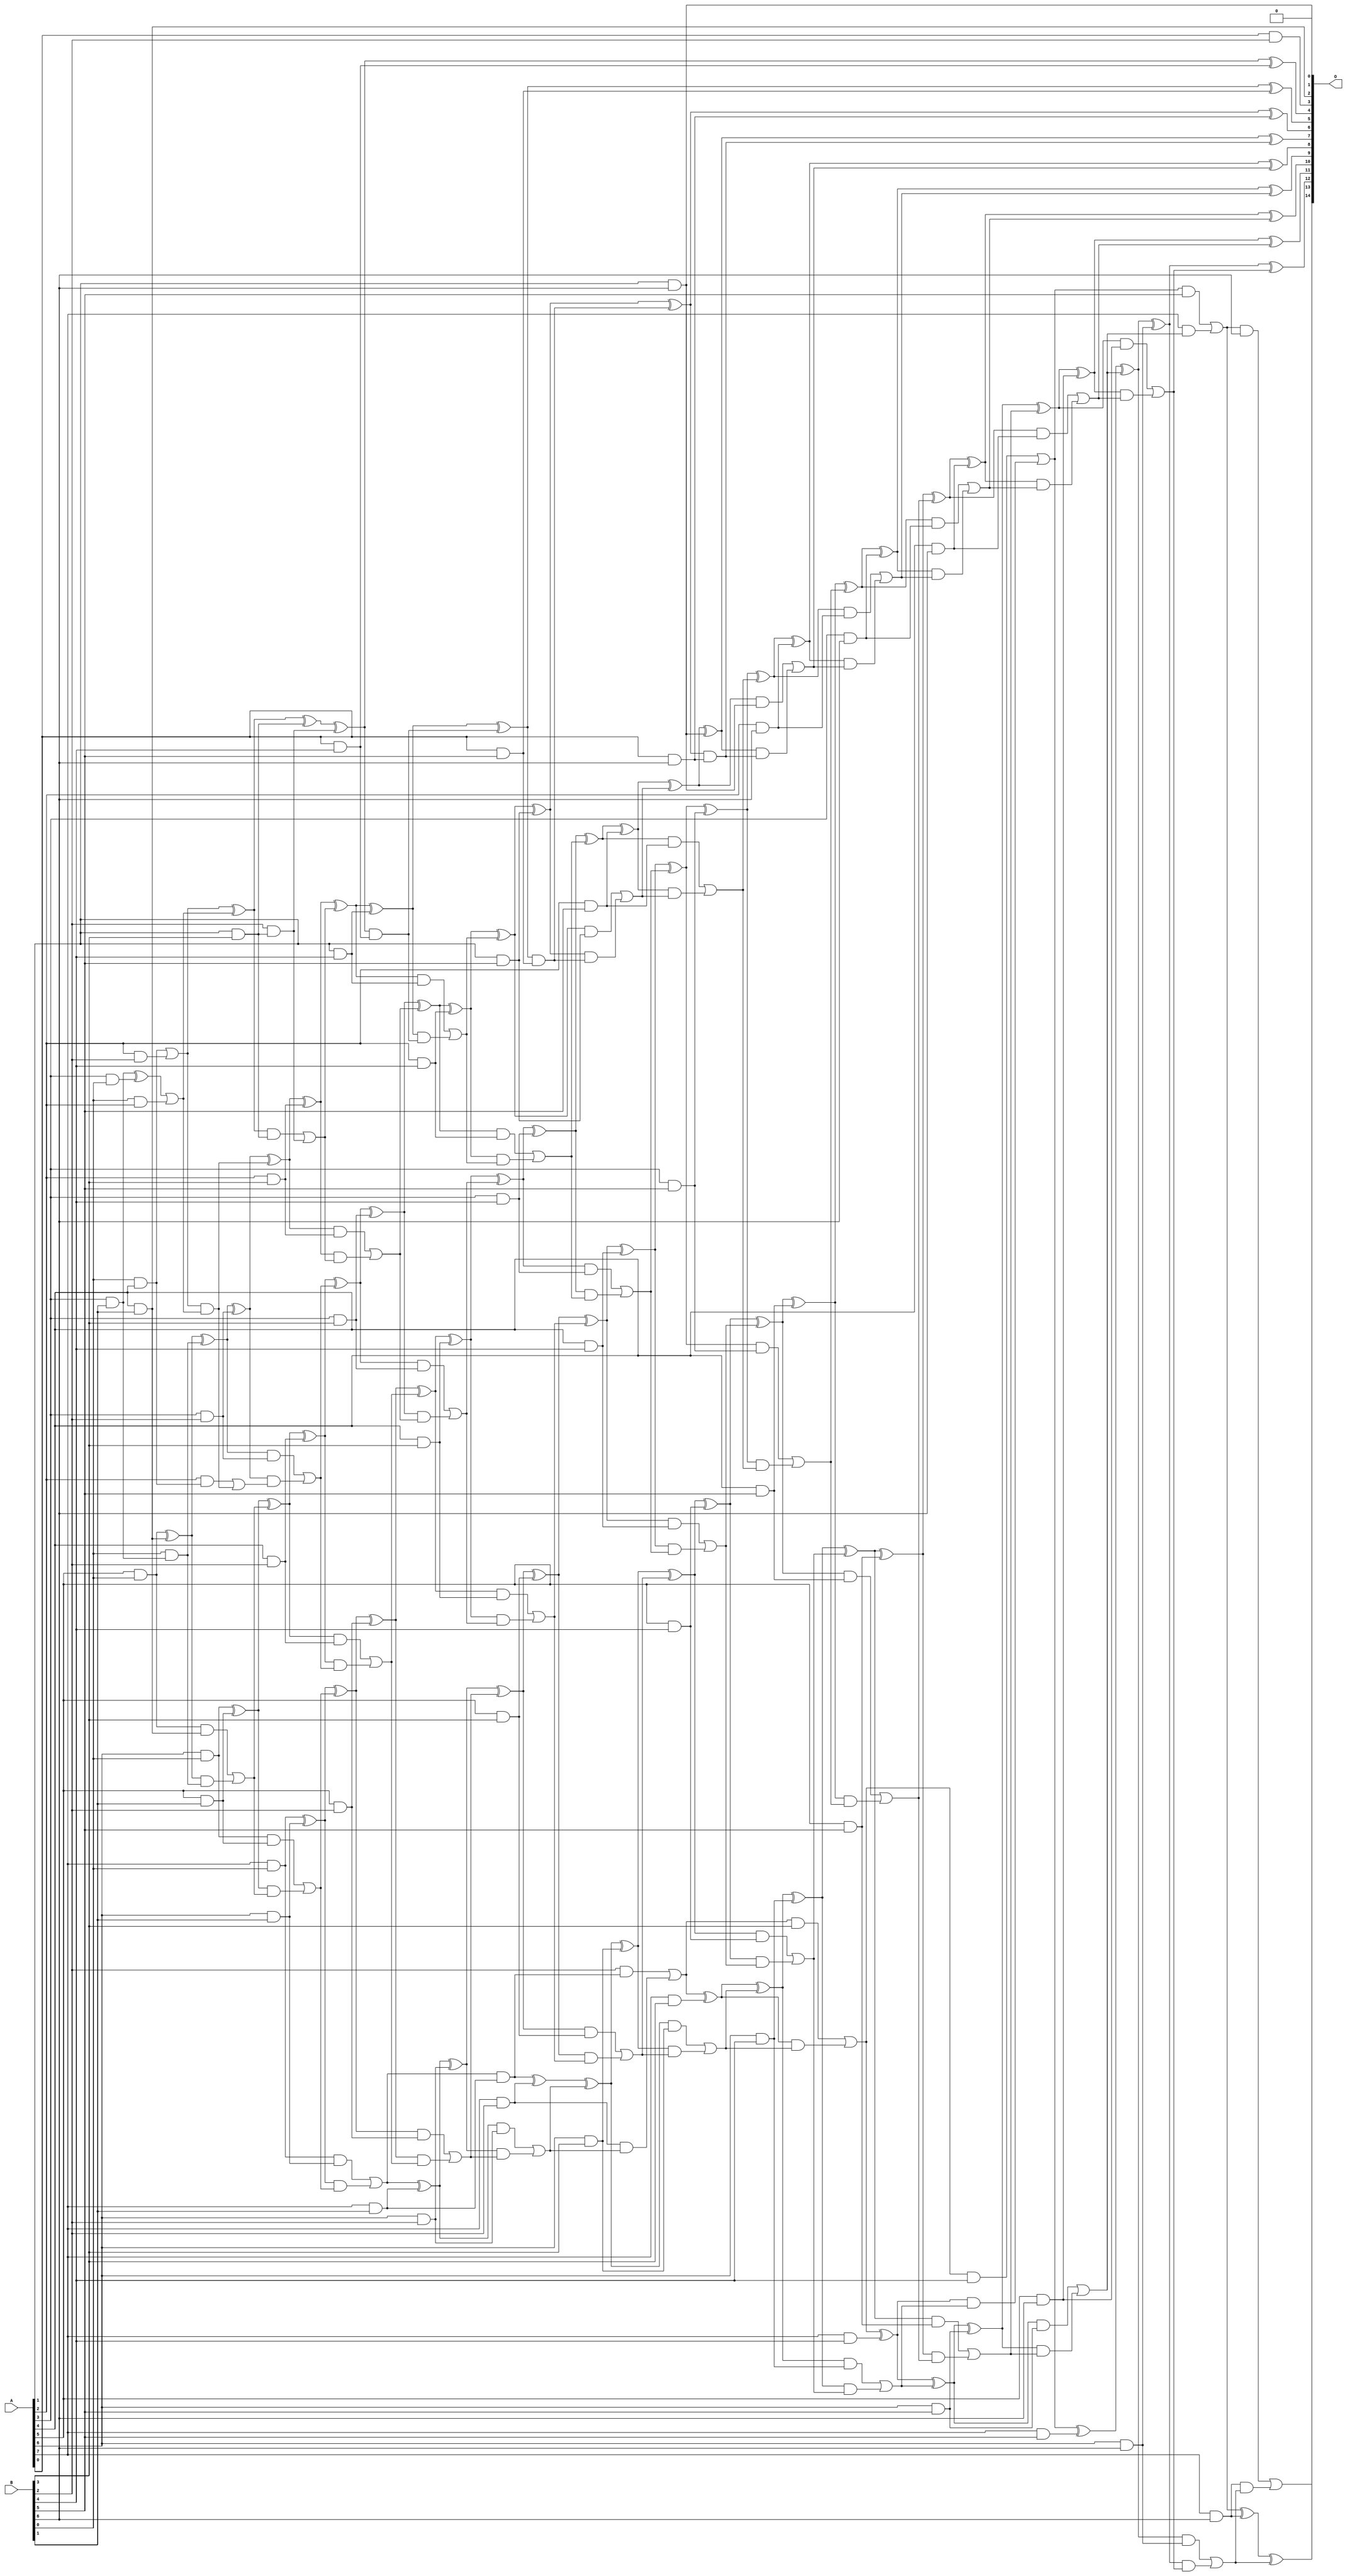
// This program was cloned from: https://github.com/ehw-fit/evoapproxlib
// License: MIT License

/***
* This code is a part of EvoApproxLib library (ehw.fit.vutbr.cz/approxlib) distributed under The MIT License.
* When used, please cite the following article(s): V. Mrazek, L. Sekanina, Z. Vasicek "Libraries of Approximate Circuits: Automated Design and Application in CNN Accelerators" IEEE Journal on Emerging and Selected Topics in Circuits and Systems, Vol 10, No 4, 2020 
* This file contains a circuit from a sub-set of pareto optimal circuits with respect to the pwr and mre parameters
***/
// MAE% = 0.017 %
// MAE = 5.7 
// WCE% = 0.067 %
// WCE = 22 
// WCRE% = 300.00 %
// EP% = 84.28 %
// MRE% = 0.57 %
// MSE = 56 
// PDK45_PWR = 0.305 mW
// PDK45_AREA = 551.9 um2
// PDK45_DELAY = 1.55 ns

module mul8x7u_53E (
    A,
    B,
    O
);

input [7:0] A;
input [6:0] B;
output [14:0] O;

wire sig_20,sig_21,sig_22,sig_26,sig_27,sig_28,sig_29,sig_32,sig_34,sig_39,sig_41,sig_44,sig_47,sig_48,sig_49,sig_50,sig_51,sig_52,sig_53,sig_54;
wire sig_55,sig_56,sig_57,sig_58,sig_59,sig_60,sig_61,sig_62,sig_63,sig_64,sig_66,sig_67,sig_68,sig_69,sig_70,sig_71,sig_72,sig_77,sig_79,sig_80;
wire sig_81,sig_82,sig_83,sig_84,sig_85,sig_86,sig_87,sig_88,sig_89,sig_90,sig_91,sig_92,sig_93,sig_94,sig_95,sig_96,sig_97,sig_98,sig_99,sig_100;
wire sig_101,sig_102,sig_103,sig_104,sig_105,sig_107,sig_108,sig_109,sig_111,sig_112,sig_113,sig_114,sig_115,sig_116,sig_117,sig_120,sig_121,sig_122,sig_123,sig_124;
wire sig_125,sig_126,sig_127,sig_128,sig_129,sig_130,sig_131,sig_132,sig_133,sig_134,sig_135,sig_136,sig_137,sig_138,sig_139,sig_140,sig_141,sig_142,sig_143,sig_144;
wire sig_145,sig_146,sig_147,sig_148,sig_149,sig_150,sig_151,sig_152,sig_153,sig_154,sig_155,sig_156,sig_157,sig_158,sig_159,sig_160,sig_161,sig_162,sig_163,sig_164;
wire sig_165,sig_166,sig_167,sig_168,sig_169,sig_170,sig_171,sig_172,sig_173,sig_174,sig_175,sig_176,sig_177,sig_178,sig_179,sig_180,sig_181,sig_182,sig_183,sig_184;
wire sig_185,sig_186,sig_187,sig_188,sig_189,sig_190,sig_191,sig_192,sig_193,sig_194,sig_195,sig_196,sig_197,sig_198,sig_199,sig_200,sig_201,sig_202,sig_203,sig_204;
wire sig_205,sig_206,sig_207,sig_208,sig_209,sig_210,sig_211,sig_212,sig_213,sig_214,sig_215,sig_216,sig_217,sig_218,sig_219,sig_220,sig_221,sig_222,sig_223,sig_224;
wire sig_225,sig_226,sig_227,sig_228,sig_229,sig_230,sig_231,sig_232,sig_233,sig_234,sig_235,sig_236,sig_237,sig_238,sig_239,sig_240,sig_241,sig_242,sig_243,sig_244;
wire sig_245,sig_246,sig_247,sig_248,sig_249,sig_250,sig_251,sig_252,sig_253,sig_254,sig_255,sig_256,sig_257,sig_258,sig_259,sig_260,sig_261,sig_262,sig_263,sig_264;
wire sig_265,sig_266,sig_267,sig_268,sig_269,sig_270,sig_271,sig_272,sig_273,sig_274,sig_275,sig_276,sig_277,sig_278,sig_279,sig_280,sig_281,sig_282,sig_283,sig_284;
wire sig_285,sig_286,sig_287,sig_288,sig_289;

assign sig_20 = A[5] & B[0];
assign sig_21 = A[6] & B[0];
assign sig_22 = A[7] & B[0];
assign sig_26 = A[3] & B[1];
assign sig_27 = A[4] & B[1];
assign sig_28 = A[5] & B[1];
assign sig_29 = A[6] & B[1];
assign sig_32 = A[3] & B[0];
assign sig_34 = A[0] & B[2];
assign sig_39 = A[7] & B[1];
assign sig_41 = sig_26 ^ sig_32;
assign sig_44 = B[0] & sig_26;
assign sig_47 = B[0] & A[4];
assign sig_48 = sig_20 ^ sig_27;
assign sig_49 = sig_20 & sig_27;
assign sig_50 = sig_48 & sig_44;
assign sig_51 = sig_48 ^ sig_44;
assign sig_52 = sig_49 | sig_50;
assign sig_53 = sig_21 ^ sig_28;
assign sig_54 = sig_21 & sig_28;
assign sig_55 = sig_53 & sig_52;
assign sig_56 = sig_53 ^ sig_52;
assign sig_57 = sig_54 | sig_55;
assign sig_58 = sig_22 ^ sig_29;
assign sig_59 = sig_22 & sig_29;
assign sig_60 = sig_58 & sig_57;
assign sig_61 = sig_58 ^ sig_57;
assign sig_62 = sig_59 | sig_60;
assign sig_63 = sig_62 & sig_39;
assign sig_64 = sig_62 ^ sig_39;
assign sig_66 = B[2] & sig_63;
assign sig_67 = A[2] & B[2];
assign sig_68 = A[3] & B[2];
assign sig_69 = A[4] & B[2];
assign sig_70 = A[5] & B[2];
assign sig_71 = A[6] & B[2];
assign sig_72 = A[7] & B[2];
assign sig_77 = B[0] & A[2];
assign sig_79 = sig_41 | sig_77;
assign sig_80 = sig_47 | sig_67;
assign sig_81 = A[2] & sig_47;
assign sig_82 = sig_80 & sig_79;
assign sig_83 = sig_80 ^ sig_79;
assign sig_84 = sig_81 | sig_82;
assign sig_85 = sig_51 ^ sig_68;
assign sig_86 = sig_51 & sig_68;
assign sig_87 = sig_85 & sig_84;
assign sig_88 = sig_85 ^ sig_82;
assign sig_89 = sig_86 | sig_87;
assign sig_90 = sig_56 ^ sig_69;
assign sig_91 = sig_56 & sig_69;
assign sig_92 = sig_90 & sig_89;
assign sig_93 = sig_90 ^ sig_89;
assign sig_94 = sig_91 | sig_92;
assign sig_95 = sig_61 ^ sig_70;
assign sig_96 = sig_61 & sig_70;
assign sig_97 = sig_95 & sig_94;
assign sig_98 = sig_95 ^ sig_94;
assign sig_99 = sig_96 | sig_97;
assign sig_100 = sig_64 ^ sig_71;
assign sig_101 = sig_64 & sig_71;
assign sig_102 = sig_100 & sig_99;
assign sig_103 = sig_100 ^ sig_99;
assign sig_104 = sig_101 | sig_102;
assign sig_105 = sig_63 ^ sig_72;
assign sig_107 = sig_72 & sig_104;
assign sig_108 = sig_105 ^ sig_104;
assign sig_109 = sig_66 | sig_107;
assign sig_111 = A[1] & B[3];
assign sig_112 = A[2] & B[3];
assign sig_113 = A[3] & B[3];
assign sig_114 = A[4] & B[3];
assign sig_115 = A[5] & B[3];
assign sig_116 = A[6] & B[3];
assign sig_117 = A[7] & B[3];
assign sig_120 = sig_83 ^ sig_111;
assign sig_121 = sig_83 & sig_111;
assign sig_122 = B[2] & sig_111;
assign sig_123 = sig_120 ^ sig_122;
assign sig_124 = sig_121 | sig_122;
assign sig_125 = sig_88 ^ sig_112;
assign sig_126 = sig_88 & sig_112;
assign sig_127 = sig_125 & sig_124;
assign sig_128 = sig_125 ^ sig_124;
assign sig_129 = sig_126 | sig_127;
assign sig_130 = sig_93 ^ sig_113;
assign sig_131 = sig_93 & sig_113;
assign sig_132 = sig_130 & sig_129;
assign sig_133 = sig_130 ^ sig_129;
assign sig_134 = sig_131 | sig_132;
assign sig_135 = sig_98 ^ sig_114;
assign sig_136 = sig_98 & sig_114;
assign sig_137 = sig_135 & sig_134;
assign sig_138 = sig_135 ^ sig_134;
assign sig_139 = sig_136 | sig_137;
assign sig_140 = sig_103 ^ sig_115;
assign sig_141 = sig_103 & sig_115;
assign sig_142 = sig_140 & sig_139;
assign sig_143 = sig_140 ^ sig_139;
assign sig_144 = sig_141 | sig_142;
assign sig_145 = sig_108 ^ sig_116;
assign sig_146 = sig_108 & sig_116;
assign sig_147 = sig_145 & sig_144;
assign sig_148 = sig_145 ^ sig_144;
assign sig_149 = sig_146 | sig_147;
assign sig_150 = sig_109 ^ sig_117;
assign sig_151 = sig_109 & B[3];
assign sig_152 = sig_150 & sig_149;
assign sig_153 = sig_150 ^ sig_149;
assign sig_154 = sig_151 | sig_152;
assign sig_155 = A[0] & B[4];
assign sig_156 = A[1] & B[4];
assign sig_157 = A[2] & B[4];
assign sig_158 = A[3] & B[4];
assign sig_159 = A[4] & B[4];
assign sig_160 = A[5] & B[4];
assign sig_161 = A[6] & B[4];
assign sig_162 = A[7] & B[4];
assign sig_163 = sig_123 & sig_155;
assign sig_164 = sig_123 ^ sig_155;
assign sig_165 = sig_128 ^ sig_156;
assign sig_166 = sig_128 & sig_156;
assign sig_167 = sig_165 & sig_163;
assign sig_168 = sig_165 ^ sig_163;
assign sig_169 = sig_166 | sig_167;
assign sig_170 = sig_133 ^ sig_157;
assign sig_171 = sig_133 & sig_157;
assign sig_172 = sig_170 & sig_169;
assign sig_173 = sig_170 ^ sig_169;
assign sig_174 = sig_171 | sig_172;
assign sig_175 = sig_138 ^ sig_158;
assign sig_176 = sig_138 & sig_158;
assign sig_177 = sig_175 & sig_174;
assign sig_178 = sig_175 ^ sig_174;
assign sig_179 = sig_176 | sig_177;
assign sig_180 = sig_143 ^ sig_159;
assign sig_181 = sig_143 & sig_159;
assign sig_182 = sig_180 & sig_179;
assign sig_183 = sig_180 ^ sig_179;
assign sig_184 = sig_181 | sig_182;
assign sig_185 = sig_148 ^ sig_160;
assign sig_186 = sig_148 & sig_160;
assign sig_187 = sig_185 & sig_184;
assign sig_188 = sig_185 ^ sig_184;
assign sig_189 = sig_186 | sig_187;
assign sig_190 = sig_153 ^ sig_161;
assign sig_191 = sig_153 & sig_161;
assign sig_192 = sig_190 & sig_189;
assign sig_193 = sig_190 ^ sig_189;
assign sig_194 = sig_191 | sig_192;
assign sig_195 = sig_154 ^ sig_162;
assign sig_196 = sig_154 & B[4];
assign sig_197 = sig_195 & sig_194;
assign sig_198 = sig_195 ^ sig_194;
assign sig_199 = sig_196 | sig_197;
assign sig_200 = A[0] & B[5];
assign sig_201 = A[1] & B[5];
assign sig_202 = A[2] & B[5];
assign sig_203 = A[3] & B[5];
assign sig_204 = A[4] & B[5];
assign sig_205 = A[5] & B[5];
assign sig_206 = A[6] & B[5];
assign sig_207 = A[7] & B[5];
assign sig_208 = sig_168 & sig_200;
assign sig_209 = sig_168 ^ sig_200;
assign sig_210 = sig_173 ^ sig_201;
assign sig_211 = sig_173 & sig_201;
assign sig_212 = sig_210 & sig_208;
assign sig_213 = sig_210 ^ sig_208;
assign sig_214 = sig_211 | sig_212;
assign sig_215 = sig_178 ^ sig_202;
assign sig_216 = sig_178 & sig_202;
assign sig_217 = sig_215 & sig_214;
assign sig_218 = sig_215 ^ sig_214;
assign sig_219 = sig_216 | sig_217;
assign sig_220 = sig_183 ^ sig_203;
assign sig_221 = sig_183 & sig_203;
assign sig_222 = sig_220 & sig_219;
assign sig_223 = sig_220 ^ sig_219;
assign sig_224 = sig_221 | sig_222;
assign sig_225 = sig_188 ^ sig_204;
assign sig_226 = sig_188 & sig_204;
assign sig_227 = sig_225 & sig_224;
assign sig_228 = sig_225 ^ sig_224;
assign sig_229 = sig_226 | sig_227;
assign sig_230 = sig_193 ^ sig_205;
assign sig_231 = sig_193 & sig_205;
assign sig_232 = sig_230 & sig_229;
assign sig_233 = sig_230 ^ sig_229;
assign sig_234 = sig_231 | sig_232;
assign sig_235 = sig_198 ^ sig_206;
assign sig_236 = sig_198 & sig_206;
assign sig_237 = sig_235 & sig_234;
assign sig_238 = sig_235 ^ sig_234;
assign sig_239 = sig_236 | sig_237;
assign sig_240 = sig_199 ^ sig_207;
assign sig_241 = sig_199 & B[5];
assign sig_242 = A[7] & sig_239;
assign sig_243 = sig_240 ^ sig_239;
assign sig_244 = sig_241 | sig_242;
assign sig_245 = A[0] & B[6];
assign sig_246 = A[1] & B[6];
assign sig_247 = A[2] & B[6];
assign sig_248 = A[3] & B[6];
assign sig_249 = A[4] & B[6];
assign sig_250 = A[5] & B[6];
assign sig_251 = A[6] & B[6];
assign sig_252 = A[7] & B[6];
assign sig_253 = sig_213 & sig_245;
assign sig_254 = sig_213 ^ sig_245;
assign sig_255 = sig_218 ^ sig_246;
assign sig_256 = sig_218 & sig_246;
assign sig_257 = sig_255 & sig_253;
assign sig_258 = sig_255 ^ sig_253;
assign sig_259 = sig_256 | sig_257;
assign sig_260 = sig_223 ^ sig_247;
assign sig_261 = sig_223 & sig_247;
assign sig_262 = sig_260 & sig_259;
assign sig_263 = sig_260 ^ sig_259;
assign sig_264 = sig_261 | sig_262;
assign sig_265 = sig_228 ^ sig_248;
assign sig_266 = sig_228 & sig_248;
assign sig_267 = sig_265 & sig_264;
assign sig_268 = sig_265 ^ sig_264;
assign sig_269 = sig_266 | sig_267;
assign sig_270 = sig_233 ^ sig_249;
assign sig_271 = sig_233 & sig_249;
assign sig_272 = sig_270 & sig_269;
assign sig_273 = sig_270 ^ sig_269;
assign sig_274 = sig_271 | sig_272;
assign sig_275 = sig_238 ^ sig_250;
assign sig_276 = sig_238 & sig_250;
assign sig_277 = sig_275 & sig_274;
assign sig_278 = sig_275 ^ sig_274;
assign sig_279 = sig_276 | sig_277;
assign sig_280 = sig_243 ^ sig_251;
assign sig_281 = sig_243 & sig_251;
assign sig_282 = sig_280 & sig_279;
assign sig_283 = sig_280 ^ sig_279;
assign sig_284 = sig_281 | sig_282;
assign sig_285 = sig_244 ^ sig_252;
assign sig_286 = sig_244 & B[6];
assign sig_287 = sig_252 & sig_284;
assign sig_288 = sig_285 ^ sig_284;
assign sig_289 = sig_286 | sig_287;

assign O[14] = sig_289;
assign O[13] = sig_288;
assign O[12] = sig_283;
assign O[11] = sig_278;
assign O[10] = sig_273;
assign O[9] = sig_268;
assign O[8] = sig_263;
assign O[7] = sig_258;
assign O[6] = sig_254;
assign O[5] = sig_209;
assign O[4] = sig_164;
assign O[3] = sig_34;
assign O[2] = sig_27;
assign O[1] = 1'b0;
assign O[0] = sig_246;

endmodule